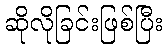
ဆိုလိုခြင်းဖြစ်ပြီး